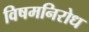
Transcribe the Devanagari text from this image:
विषमनिरोध